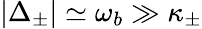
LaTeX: |{\Delta}_{\pm}|\simeq\omega_{b}\gg\kappa_{\pm}